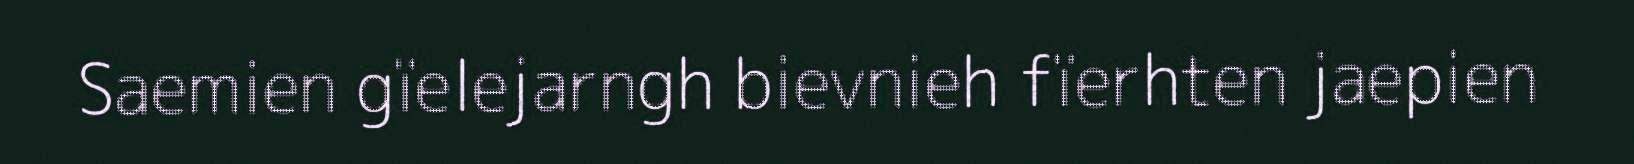
Saemien gïelejarngh bievnieh fïerhten jaepien